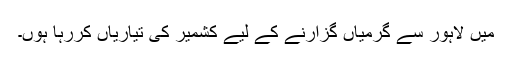
میں لاہور سے گرمیاں گزارنے کے لیے کشمیر کی تیاریاں کررہا ہوں۔